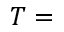
T =